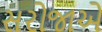
સરોજાએ